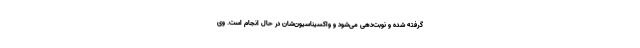
گرفته شده و نوبت‌دهی می‌شود و واکسیناسیون‌شان در حال انجام است. وی